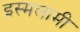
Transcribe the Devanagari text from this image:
इस्मलामी